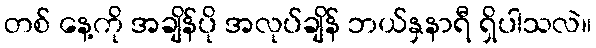
တစ် နေ့ကို အချိန်ပို အလုပ်ချိန် ဘယ်နှနာရီ ရှိပါသလဲ။